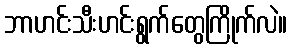
ဘာဟင်းသီးဟင်းရွက်တွေကြိုက်လဲ။